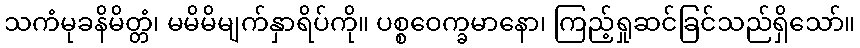
သကံမုခနိမိတ္တံ၊ မမိမိမျက်နှာရိပ်ကို။ ပစ္စဝေက္ခမာနော၊ ကြည့်ရှုဆင်ခြင်သည်ရှိသော်။